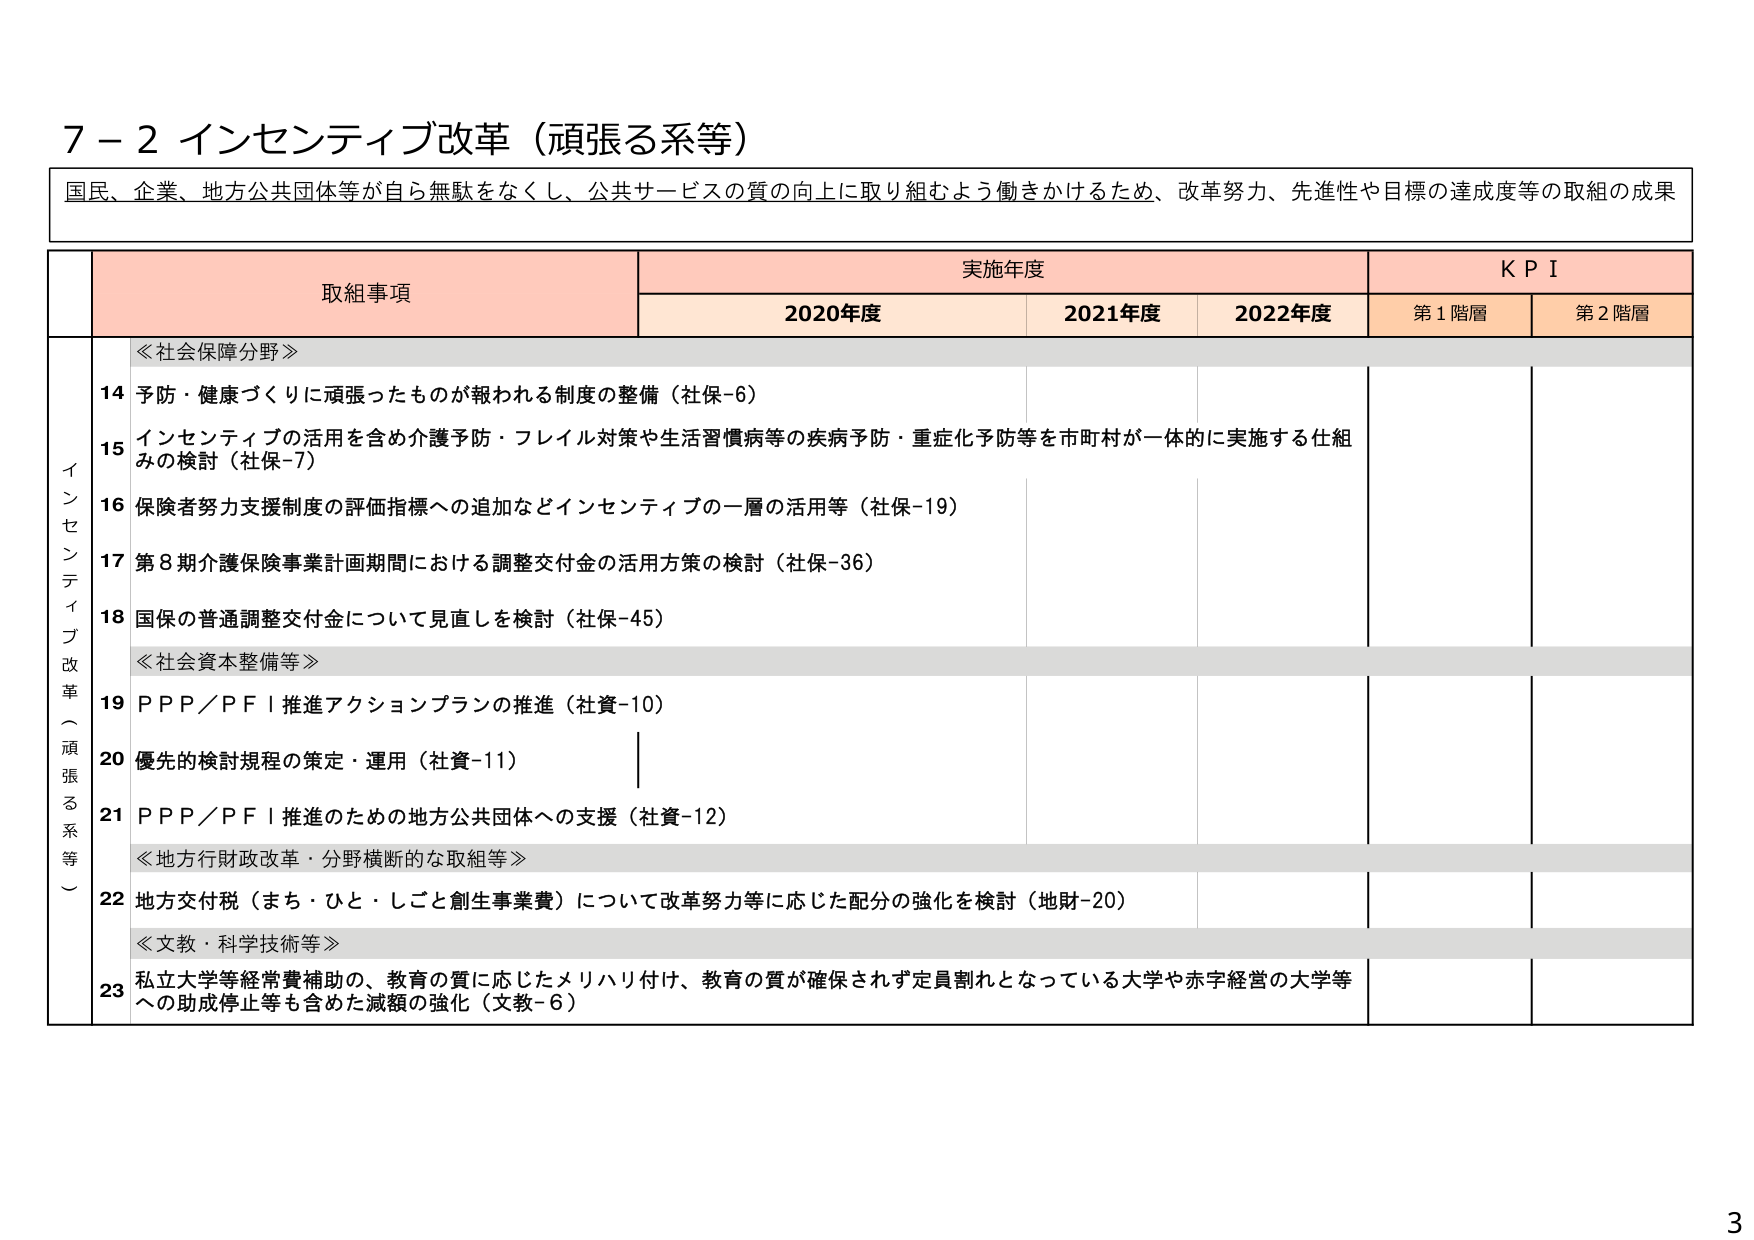
7－2 インセンティブ改革（頑張る系等）

国民、企業、地方公共団体等が自ら無駄をなくし、公共サービスの質の向上に取り組むよう働きかけるため、改革努力、先進性や目標の達成度等の取組の成果

取組事項 実施年度 KPI
2020年度 2021年度 2022年度 第1階層 第2階層

インセンティブ改革（頑張る系等）

≪社会保障分野≫
14 予防・健康づくりに頑張ったものが報われる制度の整備（社保-6）
15 インセンティブの活用を含め介護予防・フレイル対策や生活習慣病等の疾病予防・重症化予防等を市町村が一体的に実施する仕組みの検討（社保-7）
16 保険者努力支援制度の評価指標への追加などインセンティブの一層の活用等（社保-19）
17 第8期介護保険事業計画期間における調整交付金の活用方策の検討（社保-36）
18 国保の普通調整交付金について見直しを検討（社保-45）

≪社会資本整備等≫
19 PPP/PFI推進アクションプランの推進（社資-10）
20 優先的検討規程の策定・運用（社資-11）
21 PPP/PFI推進のための地方公共団体への支援（社資-12）

≪地方行財政改革・分野横断的な取組等≫
22 地方交付税（まち・ひと・しごと創生事業費）について改革努力等に応じた配分の強化を検討（地財-20）

≪文教・科学技術等≫
23 私立大学等経常費補助の、教育の質に応じたメリハリ付け、教育の質が確保されず定員割れとなっている大学や赤字経営の大学等への助成停止等も含めた減額の強化（文教-6）

3